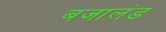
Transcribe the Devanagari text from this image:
बजालंड